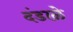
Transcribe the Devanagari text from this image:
दंडाळे